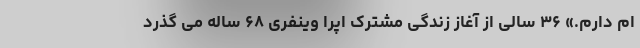
ام دارم.» ۳۶ سالی از آغاز زندگی مشترک اپرا وینفری ۶۸ ساله می گذرد